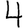
Digit: 4